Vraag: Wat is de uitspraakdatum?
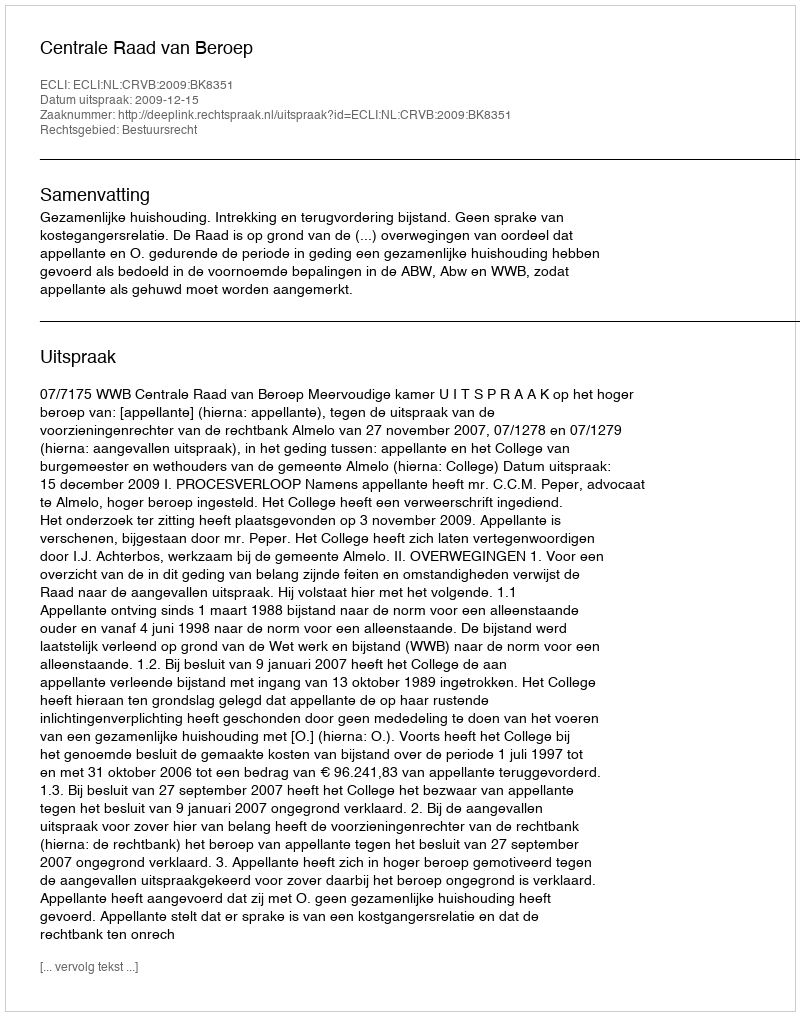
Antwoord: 2009-12-15